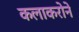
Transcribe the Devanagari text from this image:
कलाकरोने